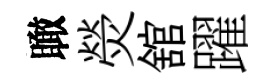
瞰熒舘躍